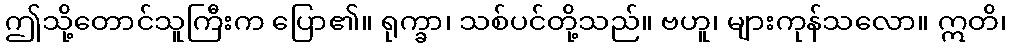
ဤသို့တောင်သူကြီးက ပြော၏။ ရုက္ခာ၊ သစ်ပင်တို့သည်။ ဗဟူ၊ များကုန်သလော။ ဣတိ၊